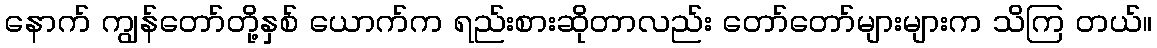
နောက် ကျွန်တော်တို့နှစ် ယောက်က ရည်းစားဆိုတာလည်း တော်တော်များများက သိကြ တယ်။